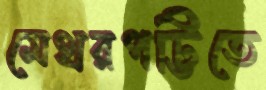
মেথরপট্টিতে